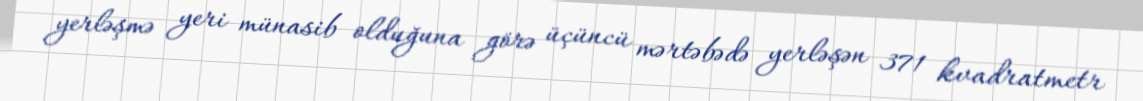
yerləşmə yeri münasib olduğuna görə üçüncü mərtəbədə yerləşən 371 kvadratmetr